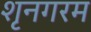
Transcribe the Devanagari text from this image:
शृनगरम